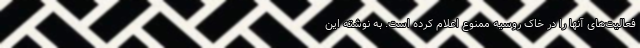
فعالیت‌های آنها را در خاک روسیه ممنوع اعلام کرده است. به نوشته این